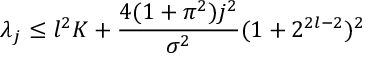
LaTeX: \lambda _ { j } \leq l ^ { 2 } K + \frac { 4 ( 1 + \pi ^ { 2 } ) j ^ { 2 } } { \sigma ^ { 2 } } ( 1 + 2 ^ { 2 l - 2 } ) ^ { 2 }